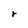
Character: r